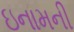
ઇનામની